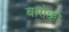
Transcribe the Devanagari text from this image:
बारोक्को